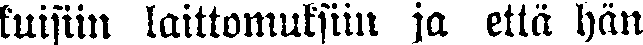
kuisiin laittomuksiin ja että hän